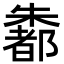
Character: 𪴄